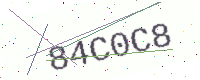
Text: 84C0C8